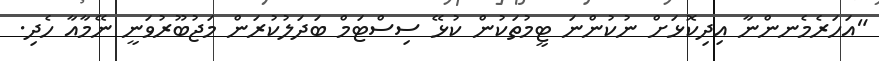
"އަހަރެމެނންނާ އިދިކޮޅަށް ނުކުންނަ ޓީމުތަކުން ކުޅޭ ސިސްޓަމް ބަދަލުކުރަން މަޖުބޫރުވަނީ ނޭމާއާ ހެދި.